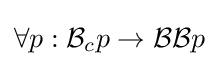
\forall p:{\mathcal {B}}_{c}p\to {\mathcal {BB}}p